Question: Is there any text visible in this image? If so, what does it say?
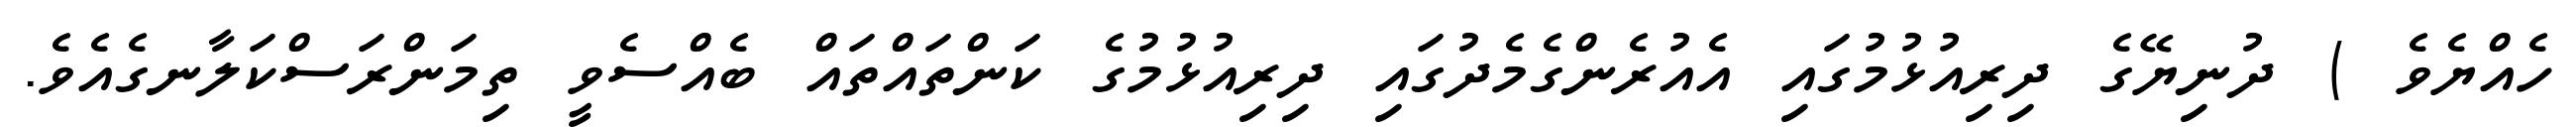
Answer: ހެއްޔެވެ ) ދުނިޔޭގެ ދިރިއުޅުމުގައި އެއުރެންގެމެދުގައި ދިރިއުޅުމުގެ ކަންތައްތައް ބެއްސެވީ ތިމަންރަސްކަލާނގެއެވެ.